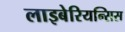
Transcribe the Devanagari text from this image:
लाइबेरियन्सिस